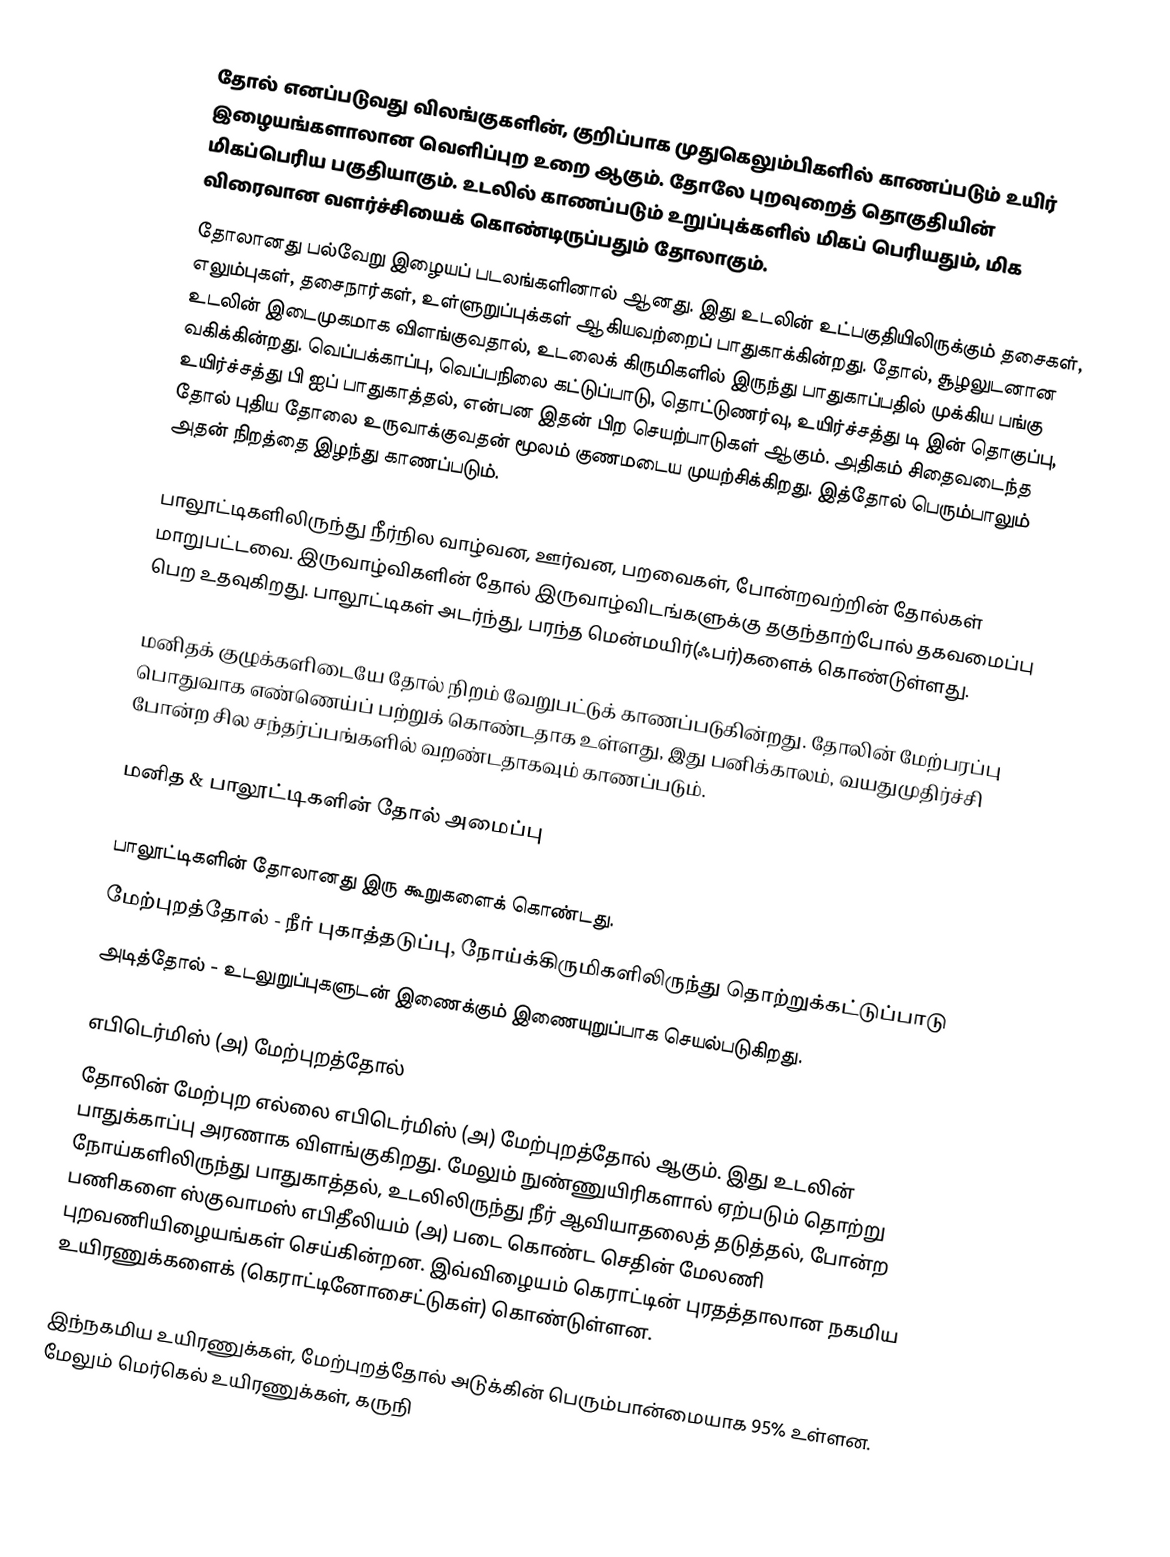
தோல் எனப்படுவது விலங்குகளின், குறிப்பாக முதுகெலும்பிகளில் காணப்படும் உயிர் இழையங்களாலான வெளிப்புற உறை ஆகும். தோலே புறவுறைத் தொகுதியின் மிகப்பெரிய பகுதியாகும். உடலில் காணப்படும் உறுப்புக்களில் மிகப் பெரியதும், மிக விரைவான வளர்ச்சியைக் கொண்டிருப்பதும் தோலாகும்.
தோலானது பல்வேறு இழையப் படலங்களினால் ஆனது. இது உடலின் உட்பகுதியிலிருக்கும் தசைகள், எலும்புகள், தசைநார்கள், உள்ளுறுப்புக்கள் ஆகியவற்றைப் பாதுகாக்கின்றது. தோல், சூழலுடனான உடலின் இடைமுகமாக விளங்குவதால், உடலைக் கிருமிகளில் இருந்து பாதுகாப்பதில் முக்கிய பங்கு வகிக்கின்றது. வெப்பக்காப்பு, வெப்பநிலை கட்டுப்பாடு, தொட்டுணர்வு, உயிர்ச்சத்து டி இன் தொகுப்பு, உயிர்ச்சத்து பி ஐப் பாதுகாத்தல், என்பன இதன் பிற செயற்பாடுகள் ஆகும். அதிகம் சிதைவடைந்த தோல் புதிய தோலை உருவாக்குவதன் மூலம் குணமடைய முயற்சிக்கிறது. இத்தோல் பெரும்பாலும் அதன் நிறத்தை இழந்து காணப்படும்.

பாலூட்டிகளிலிருந்து நீர்நில வாழ்வன, ஊர்வன, பறவைகள், போன்றவற்றின் தோல்கள் மாறுபட்டவை. இருவாழ்விகளின் தோல் இருவாழ்விடங்களுக்கு தகுந்தாற்போல் தகவமைப்பு பெற உதவுகிறது. பாலூட்டிகள் அடர்ந்து, பரந்த மென்மயிர்(ஃபர்)களைக் கொண்டுள்ளது.

மனிதக் குழுக்களிடையே தோல் நிறம் வேறுபட்டுக் காணப்படுகின்றது. தோலின் மேற்பரப்பு பொதுவாக எண்ணெய்ப் பற்றுக் கொண்டதாக உள்ளது, இது பனிக்காலம், வயதுமுதிர்ச்சி போன்ற சில சந்தர்ப்பங்களில் வறண்டதாகவும் காணப்படும்.

மனித & பாலூட்டிகளின் தோல் அமைப்பு

பாலூட்டிகளின் தோலானது இரு கூறுகளைக் கொண்டது.
 மேற்புறத்தோல் - நீர் புகாத்தடுப்பு, நோய்க்கிருமிகளிலிருந்து தொற்றுக்கட்டுப்பாடு
 அடித்தோல் - உடலுறுப்புகளுடன் இணைக்கும் இணையுறுப்பாக செயல்படுகிறது.

எபிடெர்மிஸ் (அ) மேற்புறத்தோல்
தோலின் மேற்புற எல்லை எபிடெர்மிஸ் (அ) மேற்புறத்தோல் ஆகும். இது உடலின் பாதுக்காப்பு அரணாக விளங்குகிறது. மேலும் நுண்ணுயிரிகளால் ஏற்படும் தொற்று நோய்களிலிருந்து பாதுகாத்தல், உடலிலிருந்து நீர் ஆவியாதலைத் தடுத்தல், போன்ற பணிகளை ஸ்குவாமஸ் எபிதீலியம் (அ) படை கொண்ட செதின் மேலணி புறவணியிழையங்கள் செய்கின்றன. இவ்விழையம் கெராட்டின் புரதத்தாலான நகமிய உயிரணுக்களைக் (கெராட்டினோசைட்டுகள்) கொண்டுள்ளன.

இந்நகமிய உயிரணுக்கள், மேற்புறத்தோல் அடுக்கின் பெரும்பான்மையாக 95% உள்ளன. மேலும் மெர்கெல் உயிரணுக்கள், கருநி